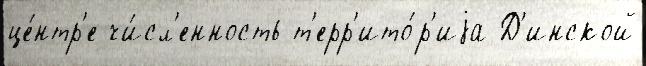
це́нтр'е чи́сл'енность т'ерр'ито́р'иjа Д'инской